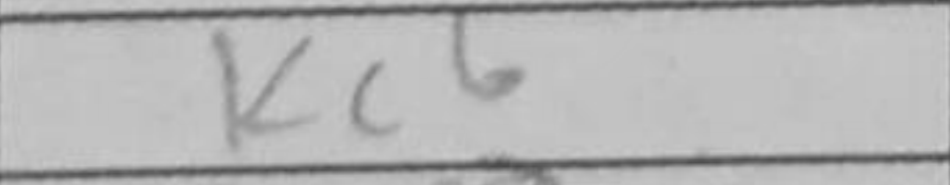
Transcription: Kc6